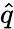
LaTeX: \widehat{q}